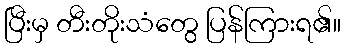
ပြီးမှ တီးတိုးသံတွေ ပြန်ကြားရ၏။